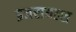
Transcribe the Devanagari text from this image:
इजरायल्स